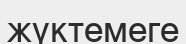
жүктемеге